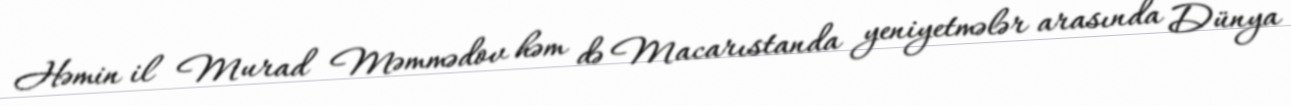
Həmin il Murad Məmmədov həm də Macarıstanda yeniyetmələr arasında Dünya